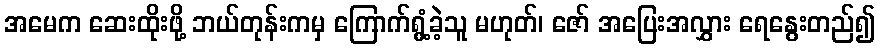
အမေက ဆေးထိုးဖို့ ဘယ်တုန်းကမှ ကြောက်ရွံ့ခဲ့သူ မဟုတ်၊ ဇော် အပြေးအလွှား ရေနွေးတည်၍